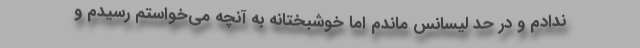
ندادم و در حد لیسانس ماندم اما خوشبختانه به آنچه می‌خواستم رسیدم و